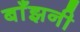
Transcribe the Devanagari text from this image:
बाँझनी